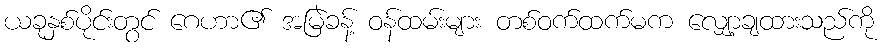
ယခုနှစ်ပိုင်းတွင် ဂေဟာ၏ အမြဲခန့် ဝန်ထမ်းများ တစ်ဝက်ထက်မက လျှော့ချထားသည်ကို